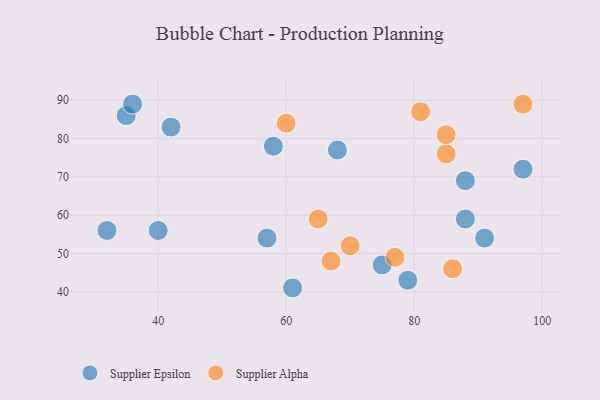
{"axis": {"x": "GDP", "y": "Life Expectancy"}, "legend": ["Supplier Alpha", "Supplier Epsilon"], "data": [{"x": "79", "y": 43, "type": "Supplier Epsilon"}, {"x": "75", "y": 47, "type": "Supplier Epsilon"}, {"x": "97", "y": 72, "type": "Supplier Epsilon"}, {"x": "61", "y": 41, "type": "Supplier Epsilon"}, {"x": "88", "y": 69, "type": "Supplier Epsilon"}, {"x": "35", "y": 86, "type": "Supplier Epsilon"}, {"x": "88", "y": 59, "type": "Supplier Epsilon"}, {"x": "58", "y": 78, "type": "Supplier Epsilon"}, {"x": "91", "y": 54, "type": "Supplier Epsilon"}, {"x": "36", "y": 89, "type": "Supplier Epsilon"}, {"x": "40", "y": 56, "type": "Supplier Epsilon"}, {"x": "68", "y": 77, "type": "Supplier Epsilon"}, {"x": "32", "y": 56, "type": "Supplier Epsilon"}, {"x": "42", "y": 83, "type": "Supplier Epsilon"}, {"x": "57", "y": 54, "type": "Supplier Epsilon"}, {"x": "81", "y": 87, "type": "Supplier Alpha"}, {"x": "85", "y": 76, "type": "Supplier Alpha"}, {"x": "85", "y": 81, "type": "Supplier Alpha"}, {"x": "65", "y": 59, "type": "Supplier Alpha"}, {"x": "60", "y": 84, "type": "Supplier Alpha"}, {"x": "97", "y": 89, "type": "Supplier Alpha"}, {"x": "77", "y": 49, "type": "Supplier Alpha"}, {"x": "70", "y": 52, "type": "Supplier Alpha"}, {"x": "86", "y": 46, "type": "Supplier Alpha"}, {"x": "67", "y": 48, "type": "Supplier Alpha"}]}